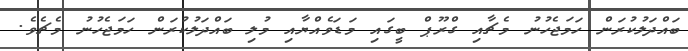
ބައްދަލުކުރަން ހަމަޖެހުނު މެޗާއި ގްރޫޕް ބީގައި މަޑަވެއްޔާއި މުލި ބައްދަލުކުރަން ހަމަޖެހުނު މެޗެވެ.